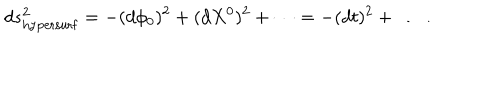
LaTeX: d s _ { \mathrm { h y p e r s u r f } } ^ { 2 } = - ( d \phi _ { 0 } ) ^ { 2 } + ( d X ^ { 0 } ) ^ { 2 } + \dots = - ( d t ) ^ { 2 } + \dots ~ .